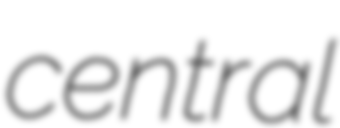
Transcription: central